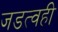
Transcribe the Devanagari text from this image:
जडत्वही